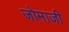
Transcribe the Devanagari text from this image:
जोमाजी